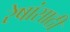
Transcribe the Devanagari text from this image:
रेषांसाठी